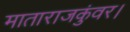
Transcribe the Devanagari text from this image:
माताराजकुंवर।